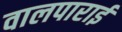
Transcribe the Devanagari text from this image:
वालपाराई